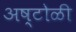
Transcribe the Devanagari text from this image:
अष्टोळी